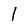
Character: 1